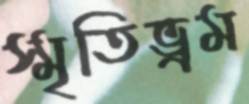
স্মৃতিভ্রম